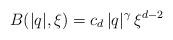
LaTeX: \begin{align*} B(|q|,\xi)=c_d\,|q|^\gamma \,\xi^{d-2}\end{align*}